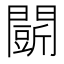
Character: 𮤟